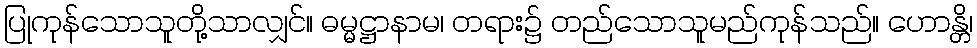
ပြုကုန်သောသူတို့သာလျှင်။ ဓမ္မဋ္ဌာနာမ၊ တရား၌ တည်သောသူမည်ကုန်သည်။ ဟောန္တိ၊